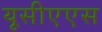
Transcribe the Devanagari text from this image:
यूसीएएस